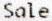
SALE